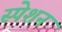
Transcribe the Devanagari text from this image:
स्पेशन